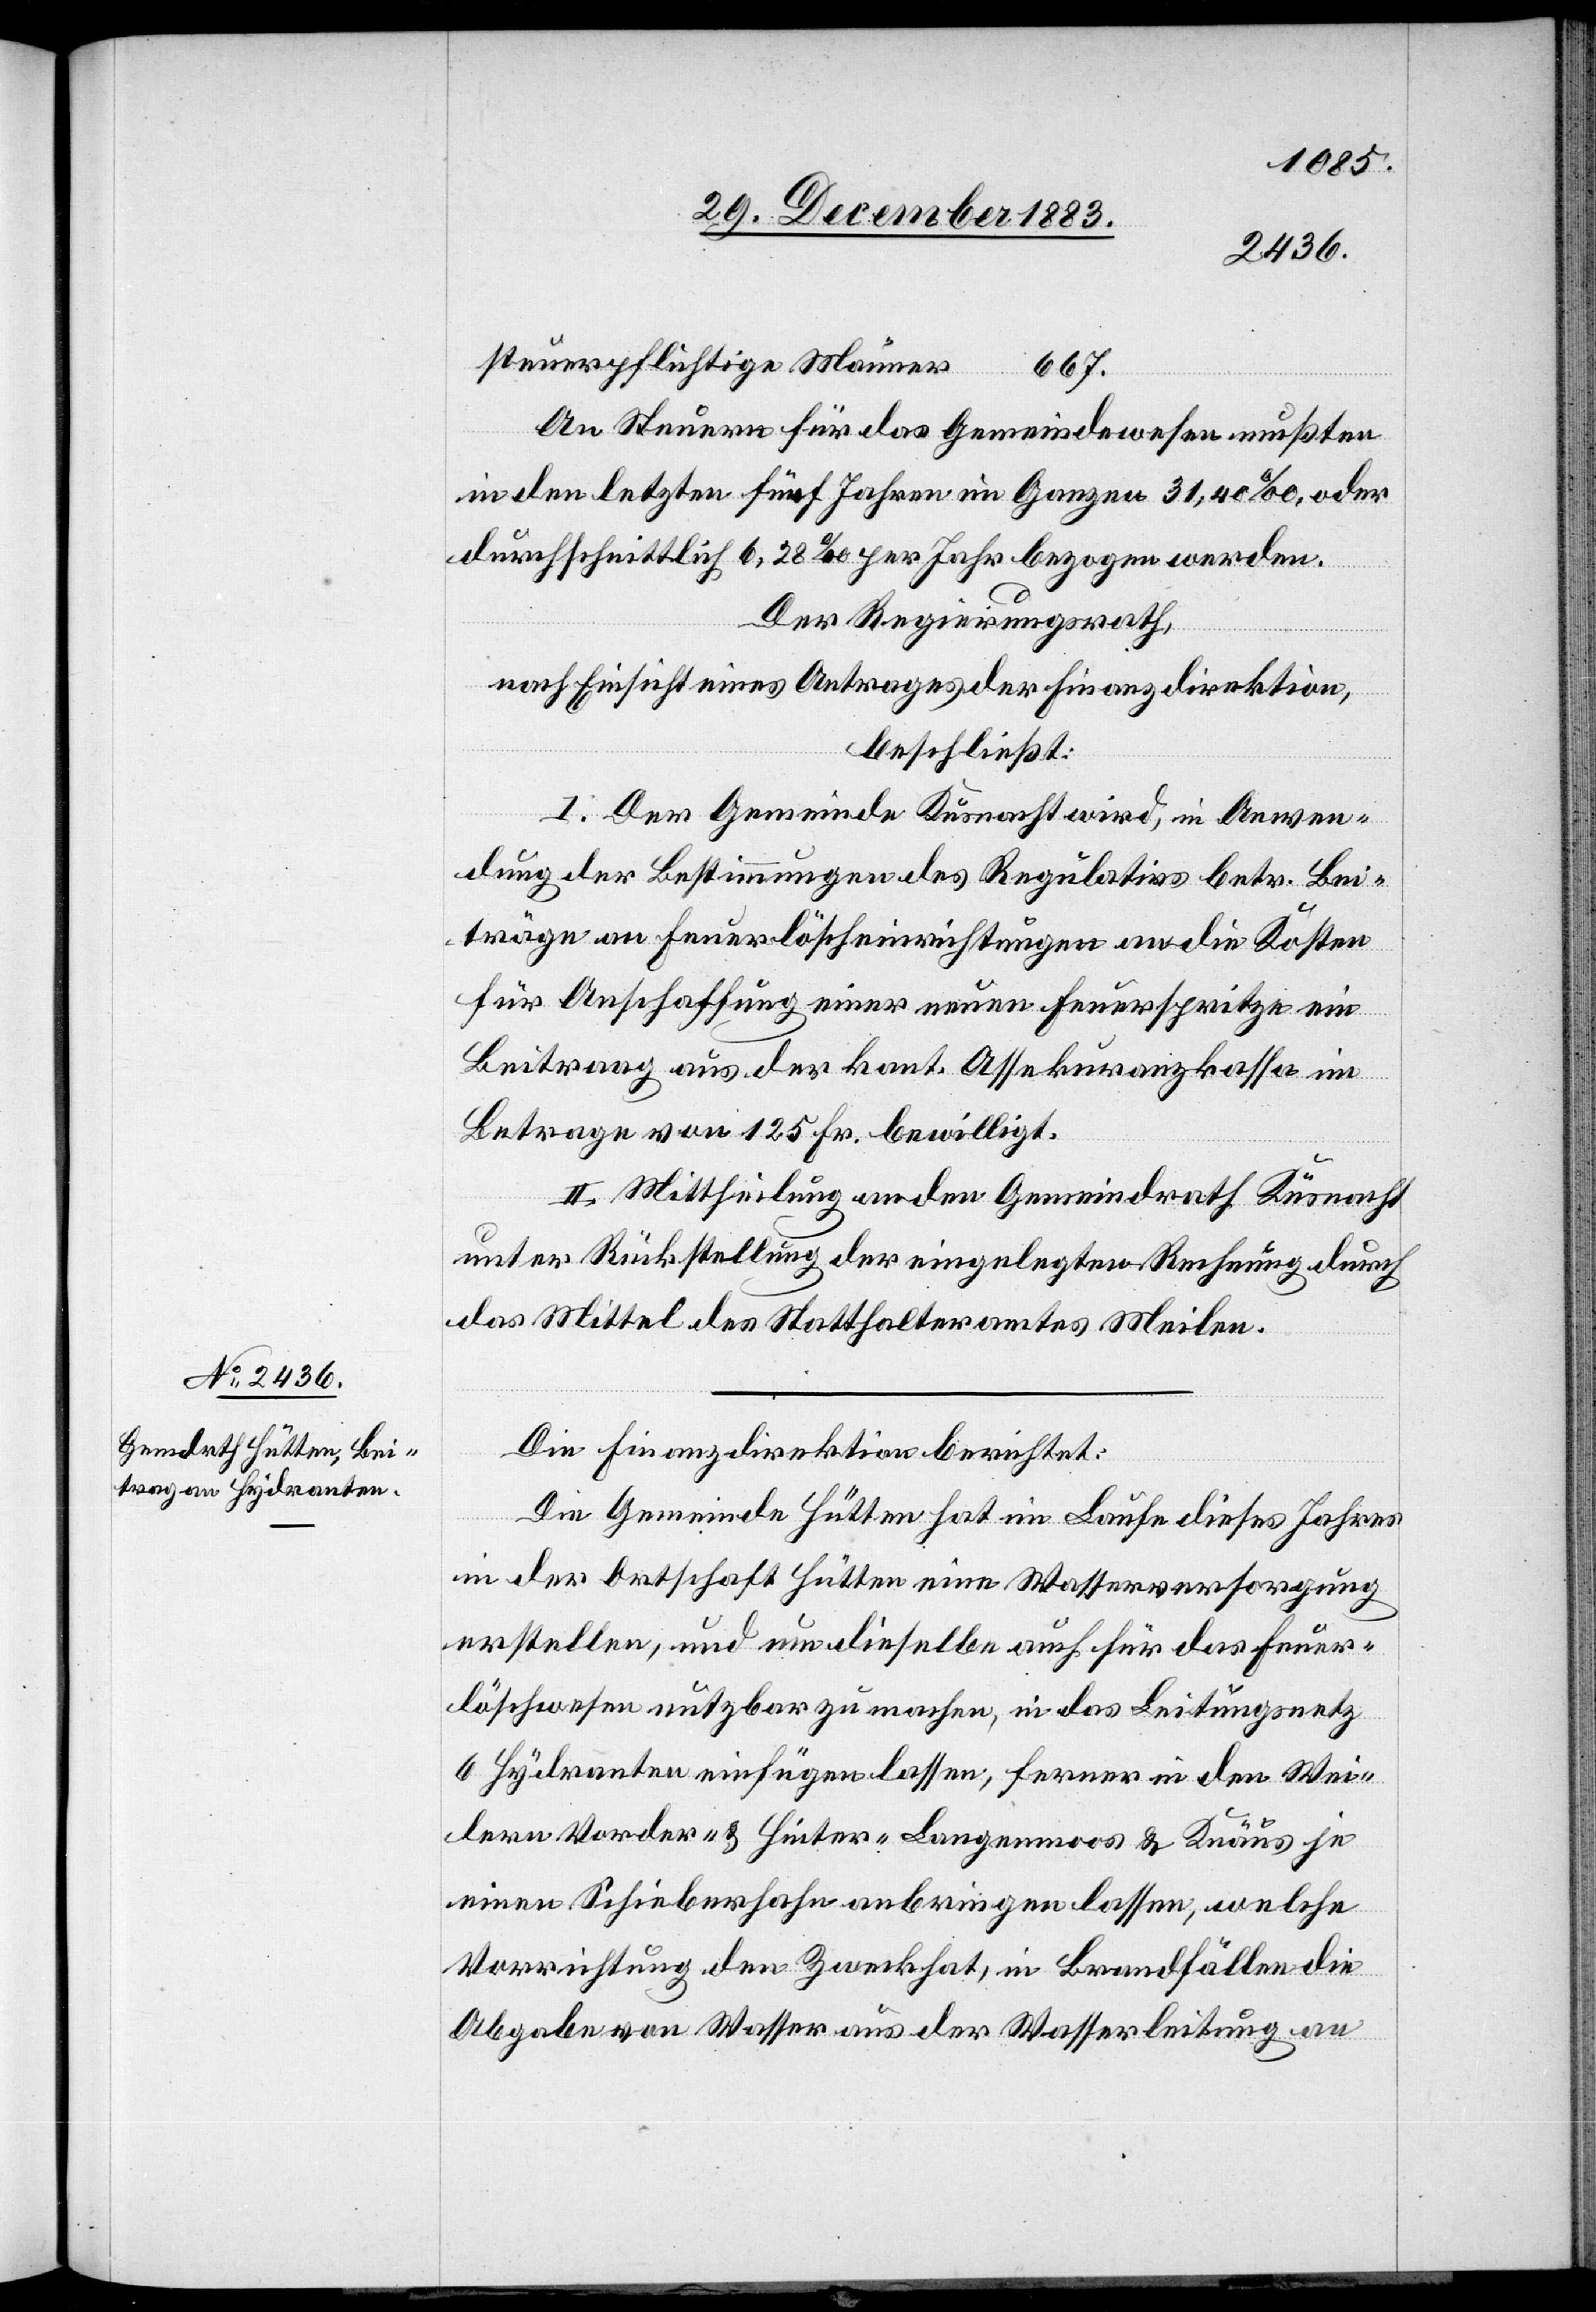
31. December 1883.]
steuerpflichtige Männer
667.
An Steuern für das Gemeindewesen mußten
in den letzten fünf Jahren im Ganzen 31,40‰, oder
durchschnittlich 6,28‰ per Jahr bezogen werden.
Der Regierungsrath,
nach Einsicht eines Antrages der Finanzdirektion,
beschließt:
I. Der Gemeinde Küsnacht wird, in Anwen¬
dung der Bestimmungen des Regulativs betr. Bei¬
träge an Feuerlöscheinrichtungen an die Kosten
für Anschaffung einer neuen Feuerspritze ein
Beitrag aus der kant. Assekuranzkassa im
Betrage von 125 Fr. bewilligt
II. Mittheilung an den Gemeindrath Küsnacht
unter Rückstellung der eingelegten Rechnung durch
das Mittel des Statthalteramtes Meilen.
Die Finanzdirektion berichtet:
Die Gemeinde Hütten hat im Laufe dieses Jahres
in der Ortschaft Hütten eine Wasserversorgung
erstellen, und nun dieselbe auch für das Feuer¬
löschwesen nutzbar zu machen, in das Leitungsgesetz
6 Hydranten einfügen lassen, ferner in den Wei¬
lern Vorder- & Hinter-Langenmoos & Knäus je
einen Schieberhahn anbringen lassen, welche
Vorrichtung den Zweck hat, in Brandfällen die
Abgabe von Wasser aus der Wasserleitung an